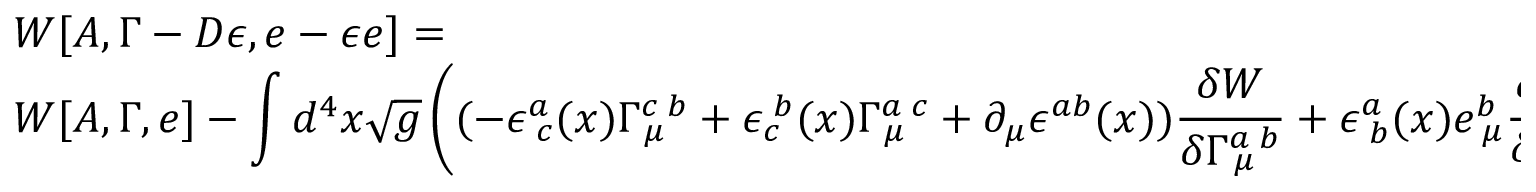
\begin{array} { l } { { W [ A , \Gamma - D \epsilon , e - \epsilon e ] = } } \\ { { W [ A , \Gamma , e ] - \displaystyle \int d ^ { 4 } x \sqrt { g } \left( ( - \epsilon _ { \; c } ^ { a } ( x ) \Gamma _ { \; \mu } ^ { c \; b } + \epsilon _ { c } ^ { \; b } ( x ) \Gamma _ { \; \mu } ^ { a \; c } + \partial _ { \mu } \epsilon ^ { a b } ( x ) ) \frac { \delta W } { \delta \Gamma _ { \; \mu } ^ { a \; b } } + \epsilon _ { \; b } ^ { a } ( x ) e _ { \; \mu } ^ { b } \frac { \delta W } { \delta e _ { \; \mu } ^ { a } } \right) } } \end{array}